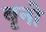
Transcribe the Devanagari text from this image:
बृनो